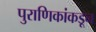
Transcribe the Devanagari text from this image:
पुराणिकांकडून